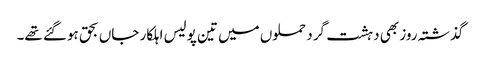
گذشتہ روز بھی دہشت گرد حملوں میں تین پولیس اہلکار جاں بحق ہوگئے تھے۔